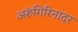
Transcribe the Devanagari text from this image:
अरुंगिरिनादर